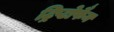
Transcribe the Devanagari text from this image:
ट्रिप्टोफैन